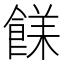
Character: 𩜣